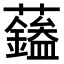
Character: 𧄭